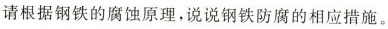
请根据钢铁的腐蚀原理，说说钢铁防腐的相应措施。